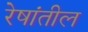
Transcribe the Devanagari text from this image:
रेषांतील